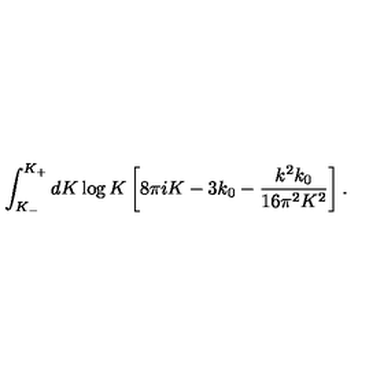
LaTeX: \int _ { K _ { - } } ^ { K _ { + } } d K \log K \left[ 8 \pi i K - 3 k _ { 0 } - \frac { k ^ { 2 } k _ { 0 } } { 1 6 \pi ^ { 2 } K ^ { 2 } } \right] .